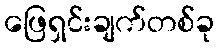
ဖြေရှင်းချက်တစ်ခု